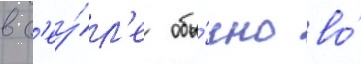
в с'еу́л'е обы́чно во́